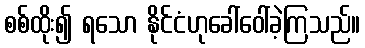
စစ်ထိုး၍ ရသော နိုင်ငံဟုခေါ်ဝေါ်ခဲ့ကြသည်။